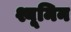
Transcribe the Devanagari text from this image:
श्यूमिन